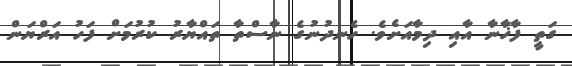
ގަތީ ފާޚާނާ އާއި ދިމާއަށެވެ. ހެނދުނުގެ ނާސްތާ ތައްޔާރު ކުރުމަށް ފަހު އަރްޔަން